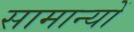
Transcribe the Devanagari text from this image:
सामान्यों